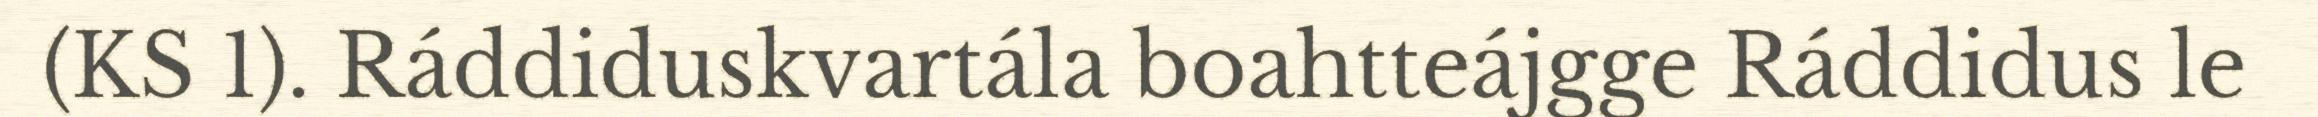
(KS 1). Ráddiduskvartála boahtteájgge Ráddidus le